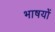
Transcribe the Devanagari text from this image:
भाषयों